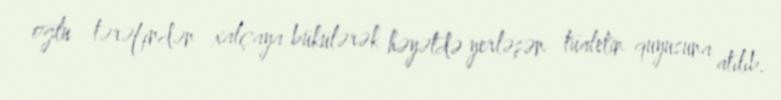
oğlu tərəfindən xalçaya bükülərək həyətdə yerləşən tualetin quyusuna atılıb.